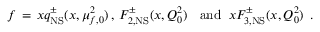
f \, = \, x q _ { \mathrm { N S } } ^ { \pm } ( x , \mu _ { f , 0 } ^ { 2 } ) \, , \: F _ { 2 , \mathrm { N S } } ^ { \pm } ( x , Q _ { 0 } ^ { 2 } ) \, \: \: \mathrm { ~ a n d ~ } \: x F _ { 3 , \mathrm { N S } } ^ { \pm } ( x , Q _ { 0 } ^ { 2 } ) \: \: .